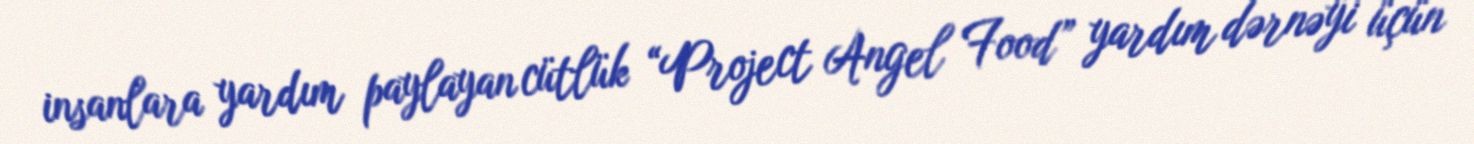
insanlara yardım paylayan cütlük “Project Angel Food” yardım dərnəyi üçün